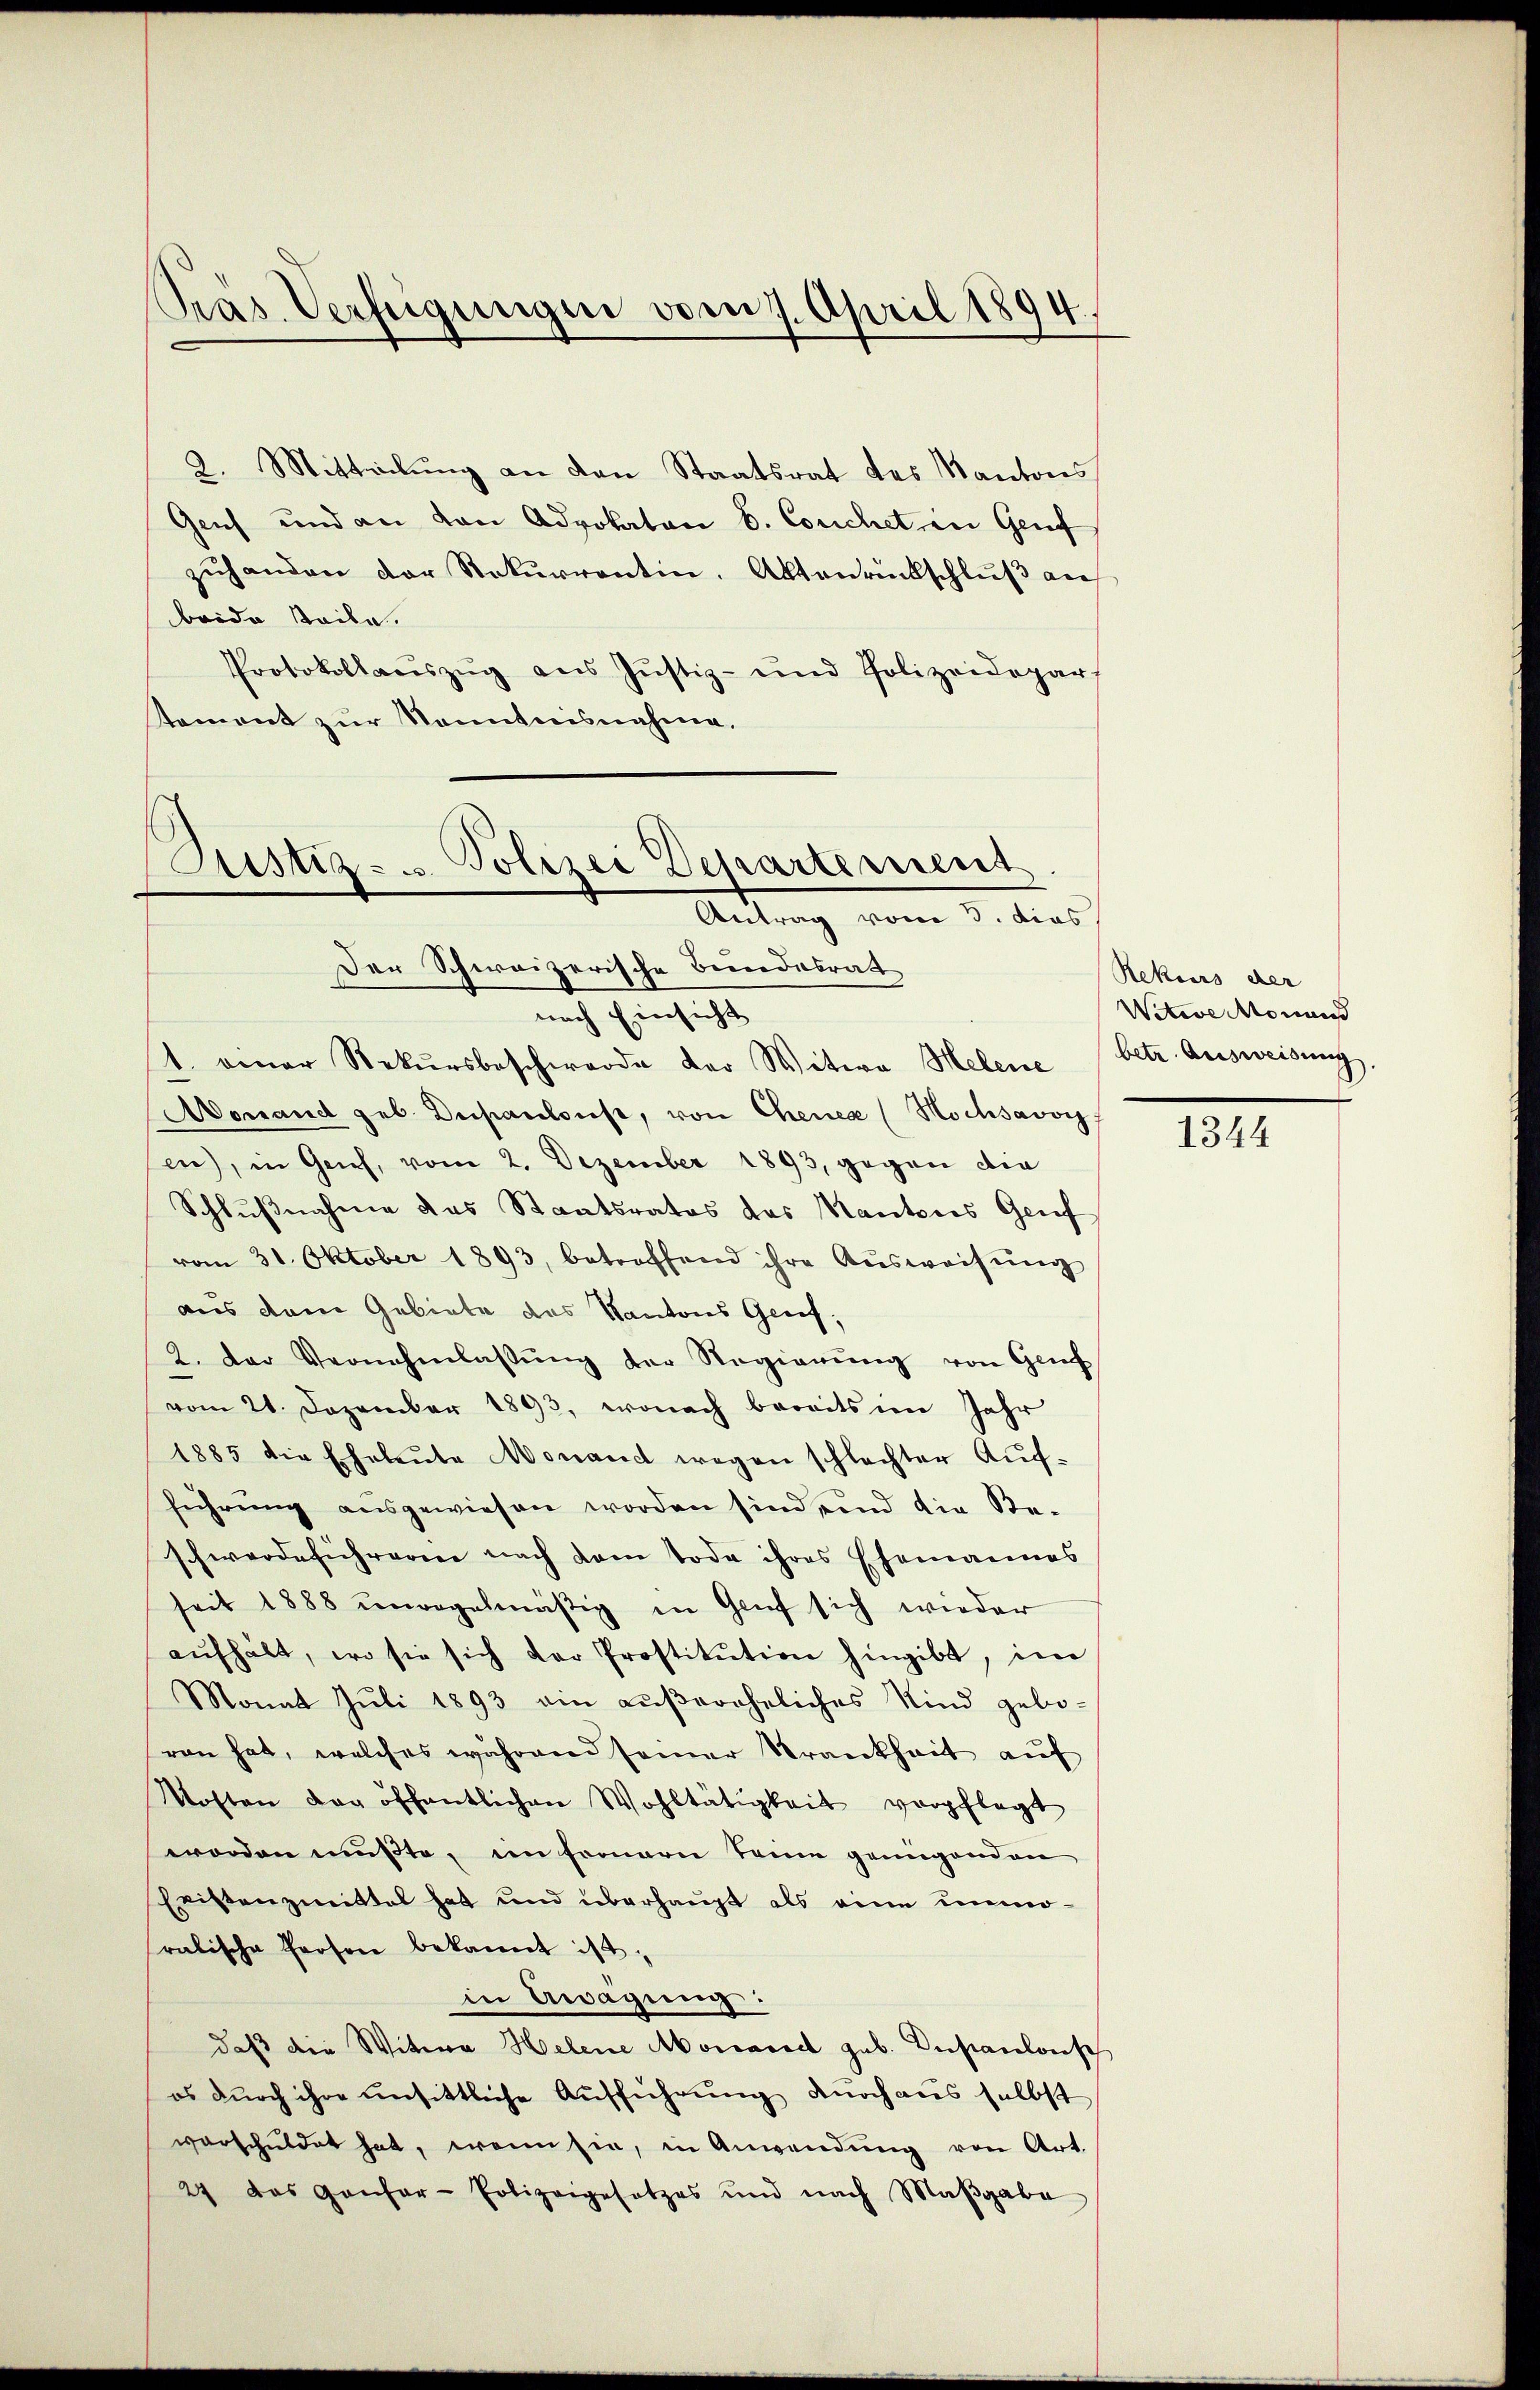
Präs. Verfügungen vom 7. April 1894.

2. Mitteilung an den Staatsrat des Kantons
Geich und an den Advokaten S. Couchet in Genf
zŭhanden der Rekurrentin. Aktenrückschlŭβ an
beide Stadle
Protokollaŭszŭg ans Jŭstiz- und Polizeidepar
tement zur Kenntnisnahme,

Justiz- u Polizei Departement
Antrag vom 3. dies
Der Schweizerische Bundesrat

nach Einsicht
1. einer Rekŭrsbeschwerde der Witwe Helene betr. Ausweisung,
Aonand geb. Dupantons, von Chenea (Hochsavoy
en), in Geich, vom 2. Dezember 1893, gegen die
Schlŭβnahme das Staatsrates das Kantons Genf
vom 31. Oktober 1893, betreffend ihre Aŭsweisŭng
aus dem Gebiete das Kantons Genf,
2. Der Vernehmlassŭng der Regierŭng von Genf
vom 21. Dezember 1893, wonach bereits im Jahr
1885 die Eheleute Monand wegen schlechter Auf-
führung ausgewiesen worden sind sind die Be-
schwerdeführeren nach dem Tode ihres Ehemannes
seit 1888 unregelmäßig in Genf sich wieder
aŭfhält, wo sie sich der Prostitŭtion hingibt, im
Monat Juli 1893 ain aŭβereheliches Kind gebo-
ren hat, welches während seiner Krankheit aŭf
Kosten der öffentlichen Wohltätigkeit verpflegt
worden mußte, im fernern seine genügenden
Eristenzmittel hat und überhaupt als eine unmoralische Person bekannt ist.
in Awägung:
daß die Witwe Helene Mossarich sub. Dupantonsch
es dŭrch ihre unsittliche Aufführung durch aus selbst
verschuldet hat, wenn sie, in Anwendŭng von Art.
24 das Gansar-Polizeigesetzes und nach Maβgabe

Rekurs der
Witwe Monaus

1344